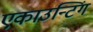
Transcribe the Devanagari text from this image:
एकाउन्टिंग